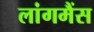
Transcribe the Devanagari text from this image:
लांगमैंस